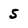
Character: 5